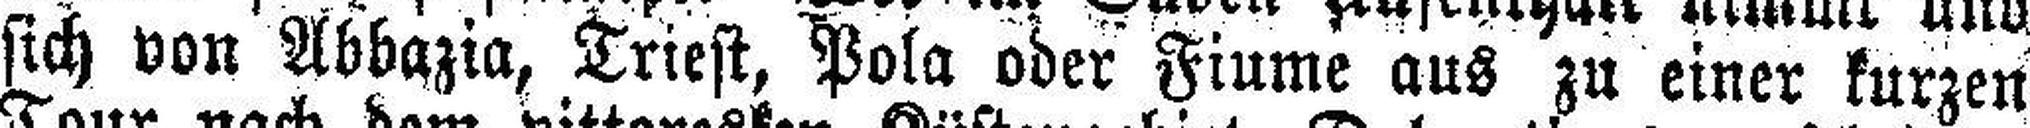
sich von Abbazia, Triest, Pola oder Fiume aus zu einer kurzen